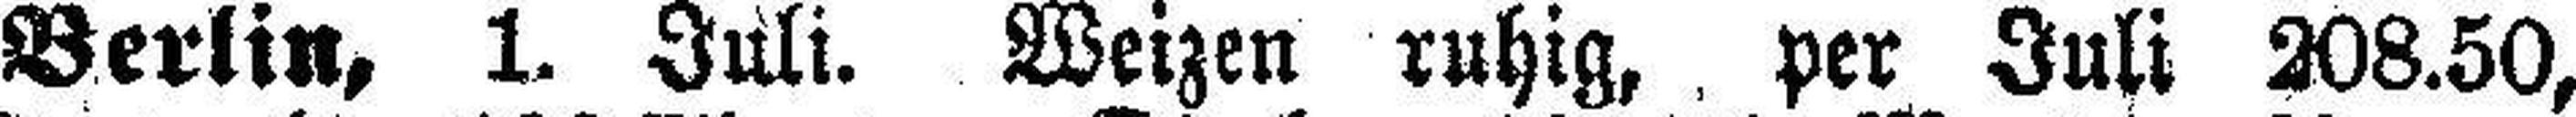
Berlin, 1. Juli. Weizen ruhig, per Juli 208.50,